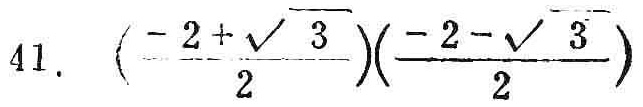
$41.\ \ \frac{-2 + \sqrt{3}}{2}\cdot\frac{-2 - \sqrt{3}}{2}$